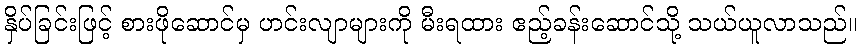
နှိပ်ခြင်းဖြင့် စားဖိုဆောင်မှ ဟင်းလျာများကို မီးရထား ဧည့်ခန်းဆောင်သို့ သယ်ယူလာသည်။